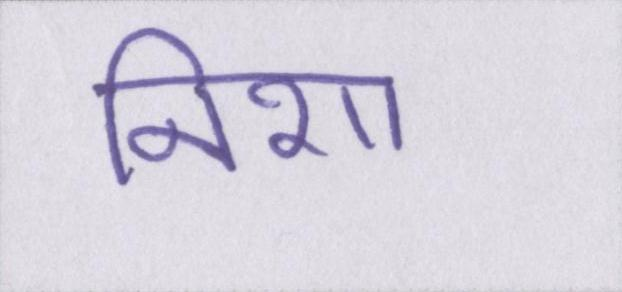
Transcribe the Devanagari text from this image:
निशा